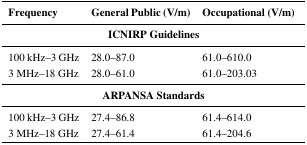
<table><thead><tr><td><b>Frequency</b></td><td><b>General Public (V/m)</b></td><td><b>Occupational (V/m)</b></td></tr></thead><tbody><tr><td colspan="3"><b>ICNIRP Guidelines</b></td></tr><tr><td>100 kHz–3 GHz</td><td>28.0–87.0</td><td>61.0–610.0</td></tr><tr><td>3 MHz–18 GHz</td><td>28.0–61.0</td><td>61.0–203.03</td></tr><tr><td colspan="3"><b>ARPANSA Standards</b></td></tr><tr><td>100 kHz–3 GHz</td><td>27.4–86.8</td><td>61.4–614.0</td></tr><tr><td>3 MHz–18 GHz</td><td>27.4–61.4</td><td>61.4–204.6</td></tr></tbody></table>